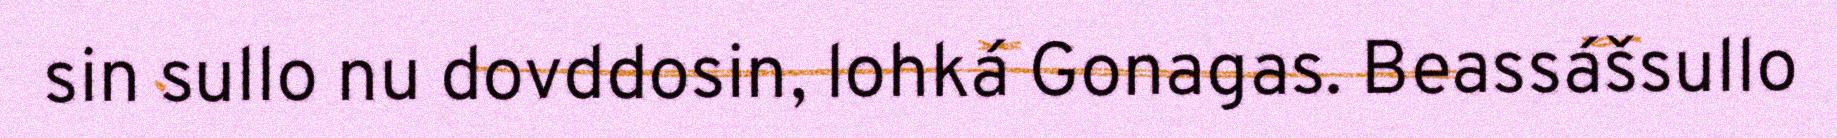
sin sullo nu dovddosin, lohká Gonagas. Beassášsullo